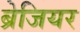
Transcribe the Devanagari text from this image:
ब्रेजियर